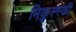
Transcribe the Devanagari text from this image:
मिकुल्स्की